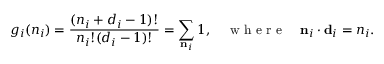
g _ { i } ( n _ { i } ) = \frac { ( n _ { i } + d _ { i } - 1 ) ! } { n _ { i } ! ( d _ { i } - 1 ) ! } = \sum _ { { \bf n } _ { i } } 1 , \quad \mathrm { ~ w ~ h ~ e ~ r ~ e ~ } \quad { \bf n } _ { i } \cdot { \bf d } _ { i } = n _ { i } .